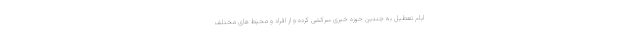
ایام تعطیل به چندین حوزه خبری سرکشی کرده و از افراد و محیط های مختلف